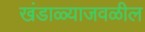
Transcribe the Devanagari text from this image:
खंडाळ्याजवळील